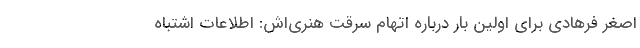
اصغر فرهادی برای اولین بار درباره اتهام سرقت هنری‌اش: اطلاعات اشتباه